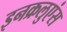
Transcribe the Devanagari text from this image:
इनक्रलुएंस